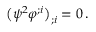
\big ( \psi ^ { 2 } \varphi ^ { ; i } \big ) _ { ; i } = 0 \, .